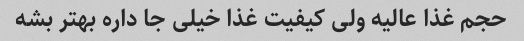
حجم غذا عالیه ولی کیفیت غذا خیلی جا داره بهتر بشه